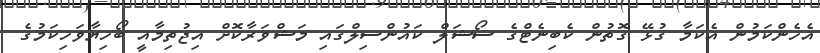
އެހެންކަމުން އެކަމާ ގުޅޭ ގޮތުން ކެބިނެޓްގެ ސޯޝަލް ކައުންސިލްގައި މަޝްވަރާކޮށް އިޖުތިމާއީ ބޯހިޔާވަހިކަމުގެ